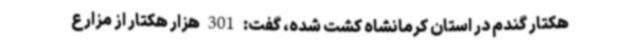
هکتار گندم در استان کرمانشاه کشت شده، گفت: 301 هزار هکتار از مزارع